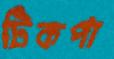
টিকপা